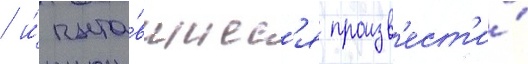
/ и́ пыта́вшиес'я произв'ест'и́